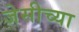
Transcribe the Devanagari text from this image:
जेसीच्या